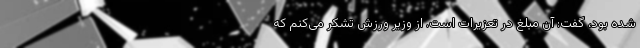
شده بود، گفت: آن مبلغ در تعزیرات است. از وزیر ورزش تشکر می‌کنم که